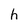
Character: h